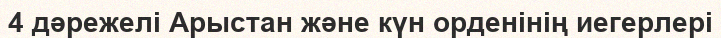
4 дәрежелі Арыстан және күн орденінің иегерлері